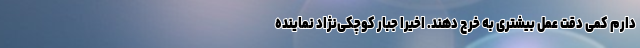
دارم کمی دقت عمل بیشتری به خرج دهند. اخیرا جبار کوچکی‌نژاد نماینده